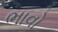
ભાવો